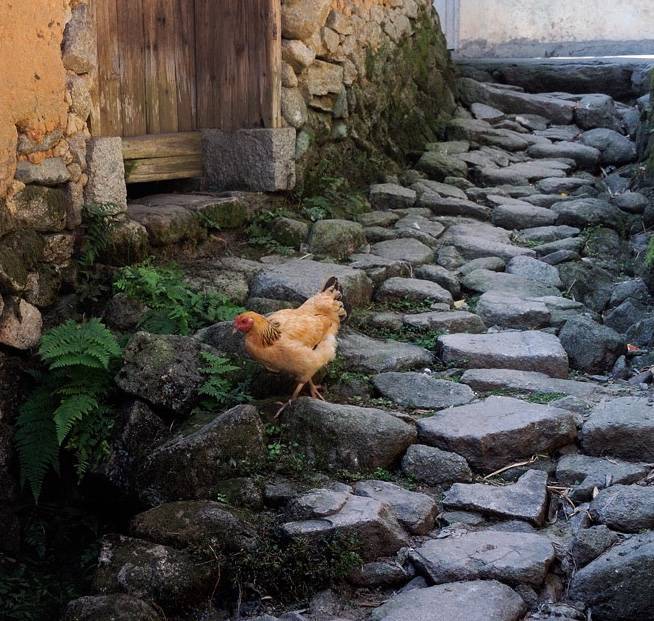
愿借天风吹得远，家家门巷尽成春。